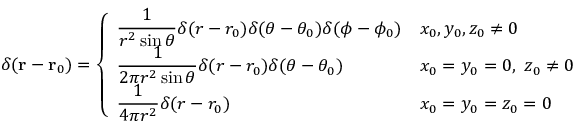
\delta ( \mathbf { r } - \mathbf { r } _ { 0 } ) = { \left\{ \begin{array} { l l } { \displaystyle { \frac { 1 } { r ^ { 2 } \sin \theta } } \delta ( r - r _ { 0 } ) \delta ( \theta - \theta _ { 0 } ) \delta ( \phi - \phi _ { 0 } ) } & { x _ { 0 } , y _ { 0 } , z _ { 0 } \neq 0 } \\ { \displaystyle { \frac { 1 } { 2 \pi r ^ { 2 } \sin \theta } } \delta ( r - r _ { 0 } ) \delta ( \theta - \theta _ { 0 } ) } & { x _ { 0 } = y _ { 0 } = 0 , \ z _ { 0 } \neq 0 } \\ { \displaystyle { \frac { 1 } { 4 \pi r ^ { 2 } } } \delta ( r - r _ { 0 } ) } & { x _ { 0 } = y _ { 0 } = z _ { 0 } = 0 } \end{array} \right. }